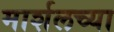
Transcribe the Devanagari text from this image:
मार्शलच्या